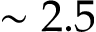
\sim 2 . 5